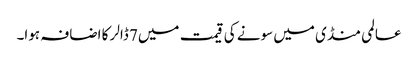
عالمی منڈی میں سونے کی قیمت میں7 ڈالر کا اضافہ ہوا۔